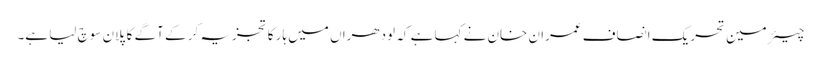
چیئرمین تحریک انصاف عمران خان نے کہا ہے کہ لودھراں میں ہار کا تجزیہ کر کے آگے کا پلان سوچ لیا ہے۔